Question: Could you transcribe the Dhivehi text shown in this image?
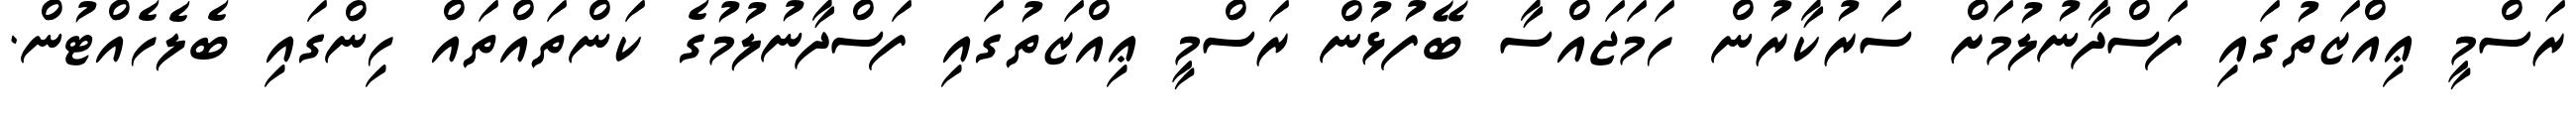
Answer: ރަސްމީ ޢިއްޒަތުގައި ފަސްދާނުލުމަށް ސަރުކާރުން ހަމަޖައްސާ ބޭފުޅުން ރަސްމީ ޢިއްޒަތުގައި ފަސްދާނުލުމުގެ ކަންތައްތައް ހިންގައި ބެލެހެއްޓުން.